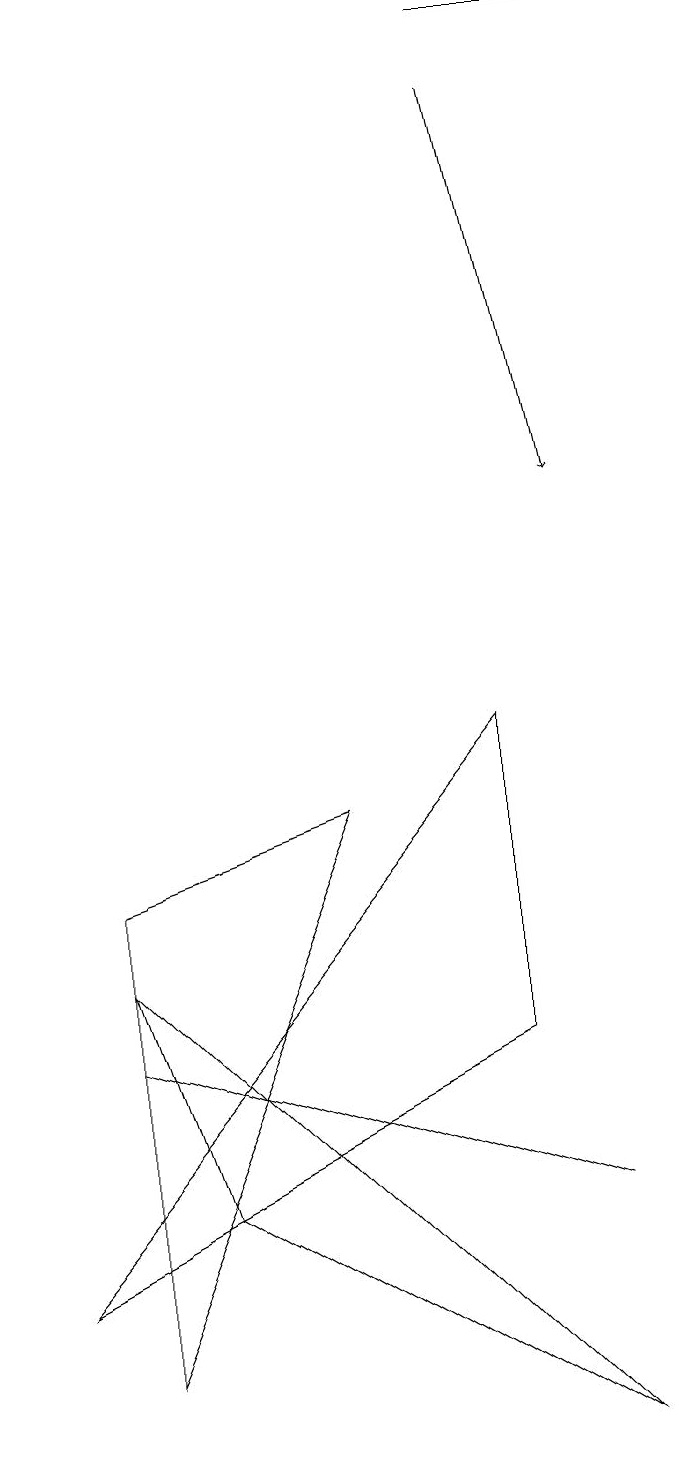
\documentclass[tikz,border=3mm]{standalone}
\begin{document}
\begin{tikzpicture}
\draw (6,18) rectangle (8,18);
\draw (2,3) -- (1,6) -- (7,0) -- cycle;
\draw (6,9) -- (6,5) -- (0,2) -- cycle;
\draw[->] (6,17) -- (7,12);
\draw (1,1) -- (1,7) -- (4,8) -- cycle;
\draw (1,5) -- (4,4) -- (7,3) -- cycle;
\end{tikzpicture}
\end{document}